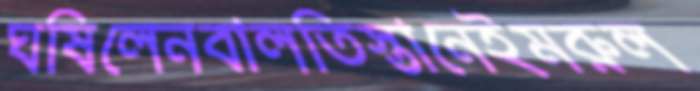
ঘষিলেনবালতিস্তানেইমরুল